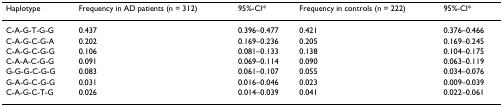
| Haplotype | Frequency in AD patients (n = 312) | 95%-CI* | Frequency in controls (n = 222) | 95%-CI* |
 | --- | --- | --- | --- | --- |
 | C-A-G-T-G-G | 0.437 | 0.396–0.477 | 0.421 | 0.376–0.466 |
 | C-A-G-C-G-A | 0.202 | 0.169–0.236 | 0.205 | 0.169–0.245 |
 | C-A-G-C-G-G | 0.106 | 0.081–0.133 | 0.138 | 0.104–0.175 |
 | C-A-A-C-G-G | 0.091 | 0.069–0.114 | 0.090 | 0.063–0.119 |
 | G-G-G-C-G-G | 0.083 | 0.061–0.107 | 0.055 | 0.034–0.076 |
 | G-A-G-C-G-G | 0.031 | 0.016–0.046 | 0.023 | 0.009–0.039 |
 | C-A-G-C-T-G | 0.026 | 0.014–0.039 | 0.041 | 0.022–0.061 |